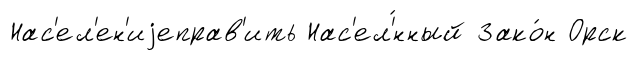
Нас'ел'ен'иjеправ'ить Нас'ел'́нный Зако́н Орск